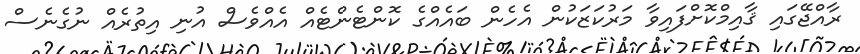
ރާއްޖޭގައި ޤާއިމްކޮށްފައިވާ މަރުކަޒަކުން އެހެން ބައެއްގެ ކޮންޓެންޓެއް އެއްވެސް އުނި އިތުރެއް ނުގެނެސް